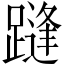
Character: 𲄂